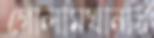
গোলামখানায়